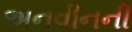
અનવીનની